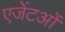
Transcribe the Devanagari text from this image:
एजेंटओं